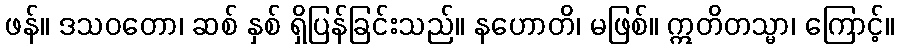
ဖန်။ ဒသဝတော၊ ဆစ် နှစ် ရှိပြန်ခြင်းသည်။ နဟောတိ၊ မဖြစ်။ ဣတိတသ္မာ၊ ကြောင့်။